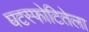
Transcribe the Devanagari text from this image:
घटस्फोटितेला